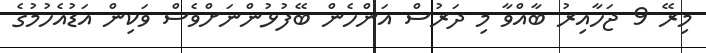
މިރޭ 9 ޖަހާއިރު ބާއްވާ މި ދަރުސް އަންހެން ބޭފުޅުންނަށްވެސް ވަކިން އަޑުއެހުމުގެ